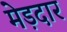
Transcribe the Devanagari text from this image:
मेड़दार